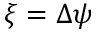
\xi = \Delta \psi